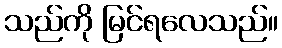
သည်ကို မြင်ရလေသည်။